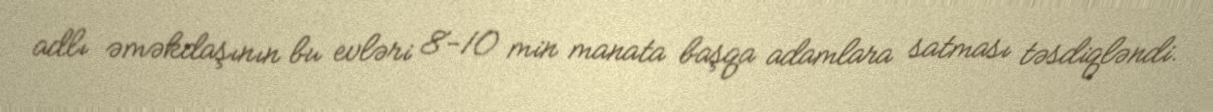
adlı əməkdaşının bu evləri 8-10 min manata başqa adamlara satması təsdiqləndi.